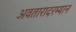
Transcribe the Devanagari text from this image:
अवतारादरम्यान